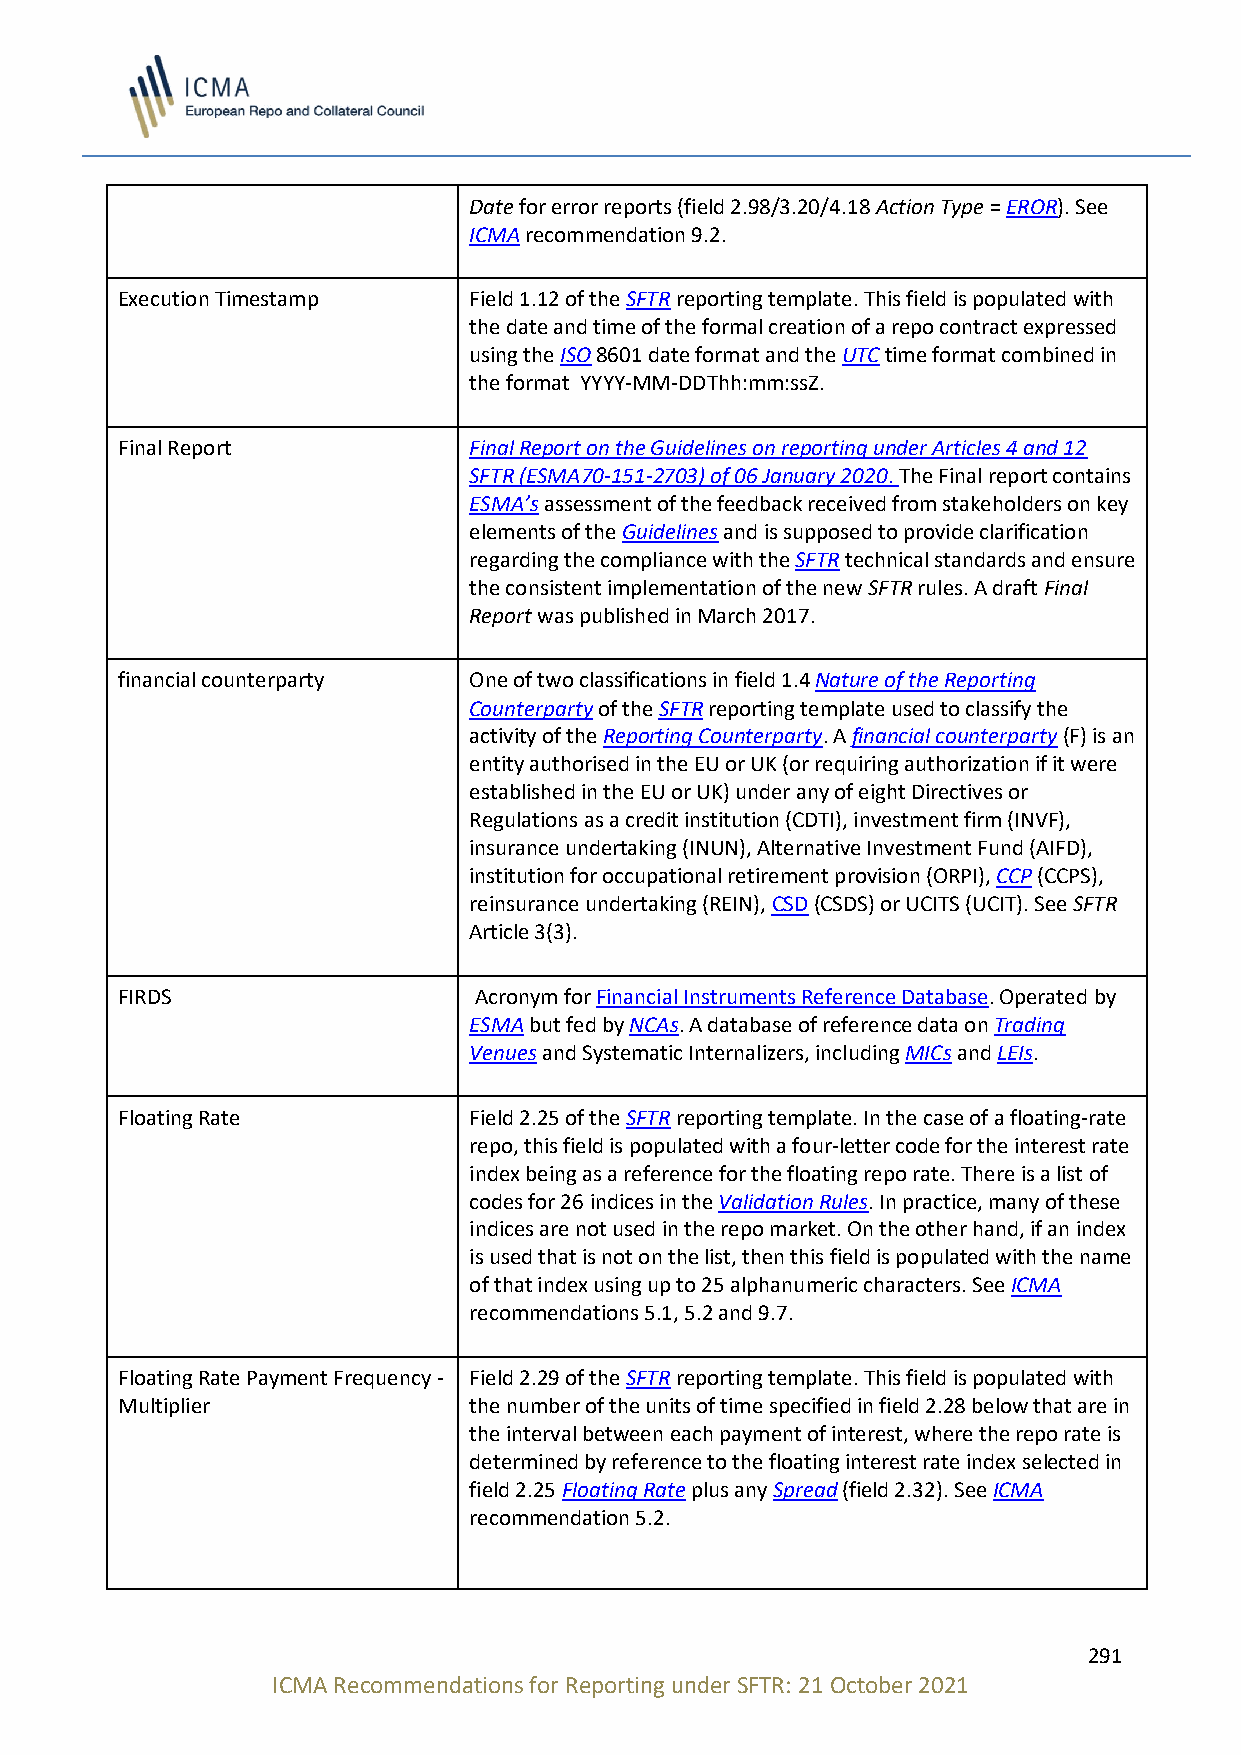
Date for error reports (field 2.98/3.20/4.18 Action Type = EROR). See
 ICMA recommendation 9.2.
 Execution Timestamp    Field 1.12 of the SFTR reporting template. This field is populated with
 the date and time of the formal creation of a repo contract expressed
 using the ISO 8601 date format and the UTC time format combined in
 the format YYYY-MM-DDThh:mm:ssZ.
 Final Report           Final Report on the Guidelines on reporting under Articles 4 and 12
 SFTR (ESMA70-151-2703) of 06 January 2020. The Final report contains
 ESMA’s assessment of the feedback received from stakeholders on key
 elements of the Guidelines and is supposed to provide clarification
 regarding the compliance with the SFTR technical standards and ensure
 the consistent implementation of the new SFTR rules. A draft Final
 Report was published in March 2017.
 financial counterparty One of two classifications in field 1.4 Nature of the Reporting
 Counterparty of the SFTR reporting template used to classify the
 activity of the Reporting Counterparty. A financial counterparty (F) is an
 entity authorised in the EU or UK (or requiring authorization if it were
 established in the EU or UK) under any of eight Directives or
 Regulations as a credit institution (CDTI), investment firm (INVF),
 insurance undertaking (INUN), Alternative Investment Fund (AIFD),
 institution for occupational retirement provision (ORPI), CCP (CCPS),
 reinsurance undertaking (REIN), CSD (CSDS) or UCITS (UCIT). See SFTR
 Article 3(3).
 FIRDS                  Acronym for Financial Instruments Reference Database. Operated by
 ESMA but fed by NCAs. A database of reference data on Trading
 Venues and Systematic Internalizers, including MICs and LEIs.
 Floating Rate          Field 2.25 of the SFTR reporting template. In the case of a floating-rate
 repo, this field is populated with a four-letter code for the interest rate
 index being as a reference for the floating repo rate. There is a list of
 codes for 26 indices in the Validation Rules. In practice, many of these
 indices are not used in the repo market. On the other hand, if an index
 is used that is not on the list, then this field is populated with the name
 of that index using up to 25 alphanumeric characters. See ICMA
 recommendations 5.1, 5.2 and 9.7.
 Floating Rate Payment Frequency - Field 2.29 of the SFTR reporting template. This field is populated with
 Multiplier             the number of the units of time specified in field 2.28 below that are in
 the interval between each payment of interest, where the repo rate is
 determined by reference to the floating interest rate index selected in
 field 2.25 Floating Rate plus any Spread (field 2.32). See ICMA
 recommendation 5.2.
 291
 ICMA Recommendations for Reporting under SFTR: 21 October 2021